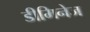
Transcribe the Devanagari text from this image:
डीमिनेज